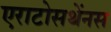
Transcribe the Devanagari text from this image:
एराटोसथेंनस